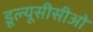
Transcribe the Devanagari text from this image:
डूल्यूसीसीओ